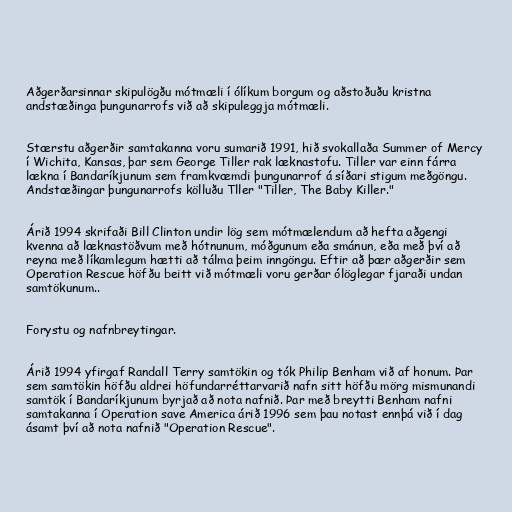
Aðgerðarsinnar skipulögðu mótmæli í ólíkum borgum og aðstoðuðu kristna
andstæðinga þungunarrofs við að skipuleggja mótmæli.

Stærstu aðgerðir samtakanna voru sumarið 1991, hið svokallaða Summer of Mercy
í Wichita, Kansas, þar sem George Tiller rak læknastofu. Tiller var einn fárra
lækna í Bandaríkjunum sem framkvæmdi þungunarrof á síðari stigum meðgöngu.
Andstæðingar þungunarrofs kölluðu Tller "Tiller, The Baby Killer."

Árið 1994 skrifaði Bill Clinton undir lög sem mótmælendum að hefta aðgengi
kvenna að læknastöðvum með hótnunum, móðgunum eða smánun, eða með því að
reyna með líkamlegum hætti að tálma þeim inngöngu. Eftir að þær aðgerðir sem
Operation Rescue höfðu beitt við mótmæli voru gerðar ólöglegar fjaraði undan
samtökunum..

Forystu og nafnbreytingar.

Árið 1994 yfirgaf Randall Terry samtökin og tók Philip Benham við af honum. Þar
sem samtökin höfðu aldrei höfundarréttarvarið nafn sitt höfðu mörg mismunandi
samtök í Bandaríkjunum byrjað að nota nafnið. Þar með breytti Benham nafni
samtakanna í Operation save America árið 1996 sem þau notast ennþá við í dag
ásamt því að nota nafnið "Operation Rescue".